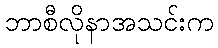
ဘာစီလိုနာအသင်းက